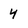
Character: 4